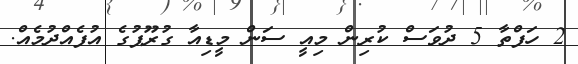
2 ހަފްތާ 5 ދުވަސް ކުރިން މިއީ ސަން މީޑިއާ ގުރޫޕުގެ އުފެއްދުމެއް.